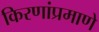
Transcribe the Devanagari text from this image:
किरणांप्रमाणे